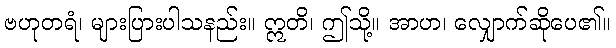
ဗဟုတရံ၊ များပြားပါသနည်း။ ဣတိ၊ ဤသို့။ အာဟ၊ လျှောက်ဆိုပေ၏။